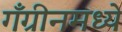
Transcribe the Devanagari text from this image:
गँग्रीनमध्ये